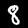
Label: 8